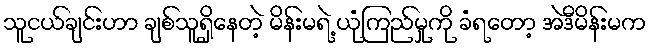
သူငယ်ချင်းဟာ ချစ်သူရှိနေတဲ့ မိန်းမရဲ့ ယုံကြည်မှုကို ခံရတော့ အဲဒီမိန်းမက